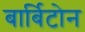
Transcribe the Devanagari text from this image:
बार्बिटोन